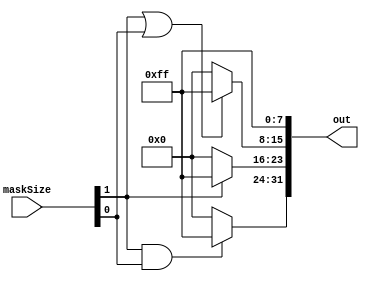
module byteMasker32(maskSize, out);
input [1:0] maskSize; 
output [31:0] out;

//00 -> 00 00 00 FF
//01 -> 00 00 FF FF
//10 -> 00 FF FF FF
//11 -> FF FF FF FF

wire [7:0] byte0 = 8'hFF;
wire [7:0] byte1 = (maskSize[1]|maskSize[0]) ? 8'hFF : 8'h00;
wire [7:0] byte2 = (maskSize[1]) ? 8'hFF : 8'h00;
wire [7:0] byte3 = (maskSize[1]&maskSize[0]) ? 8'hFF : 8'h00;

assign out = {byte3, byte2, byte1, byte0};

endmodule

module byteMasker64(size, mask);

input [1:0] size;
output [63:0] mask;
wire [63:0] mask = 63'hFF_FF << 6'd16 * {4'd0, size};

endmodule